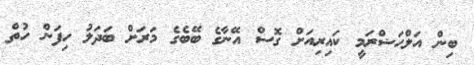
ބިން އަލްޙަޟްރަމީ ކައިރިއަށް ގޮސް އޭނާގެ ބޭބެގެ މަރަށް ބަދަލު ހިފަން ހުތް